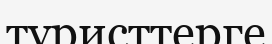
туристтерге